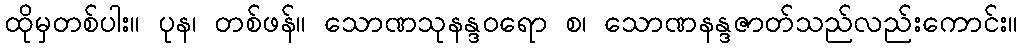
ထိုမှတစ်ပါး။ ပုန၊ တစ်ဖန်။ သောဏသုနန္ဒဝရော စ၊ သောဏနန္ဒဇာတ်သည်လည်းကောင်း။